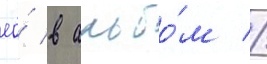
ео́ в альбо́м //